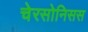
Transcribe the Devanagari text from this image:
चेरसोनिसस